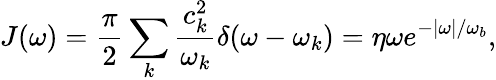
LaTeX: J(\omega)=\frac{\pi}{2}\sum_{k}\frac{c_{k}^{2}}{\omega_{k}}\delta(\omega-\omega_{k})=\eta\omega e^{-|\omega|/\omega_{b}},